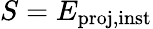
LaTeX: S=E_{\mathrm{proj,inst}}